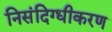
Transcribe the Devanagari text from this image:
निसंदिग्धीकरण